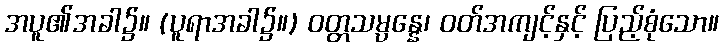
အပူ၏အခါ၌။ (ပူရာအခါ၌။) ဝတ္တသမ္ပန္နေ၊ ဝတ်အကျင့်နှင့် ပြည့်စုံသော။